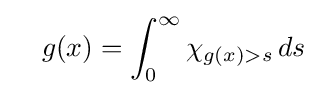
\quad g(x)=\int _{0}^{\infty }\chi _{g(x)>s}\,ds